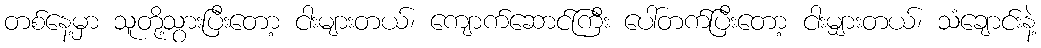
တစ်နေ့မှာ သူတို့သွားပြီးတော့ ငါးများတယ်၊ ကျောက်ဆောင်ကြီး ပေါ်တက်ပြီးတော့ ငါးမျှားတယ်၊ သံချောင်းနဲ့